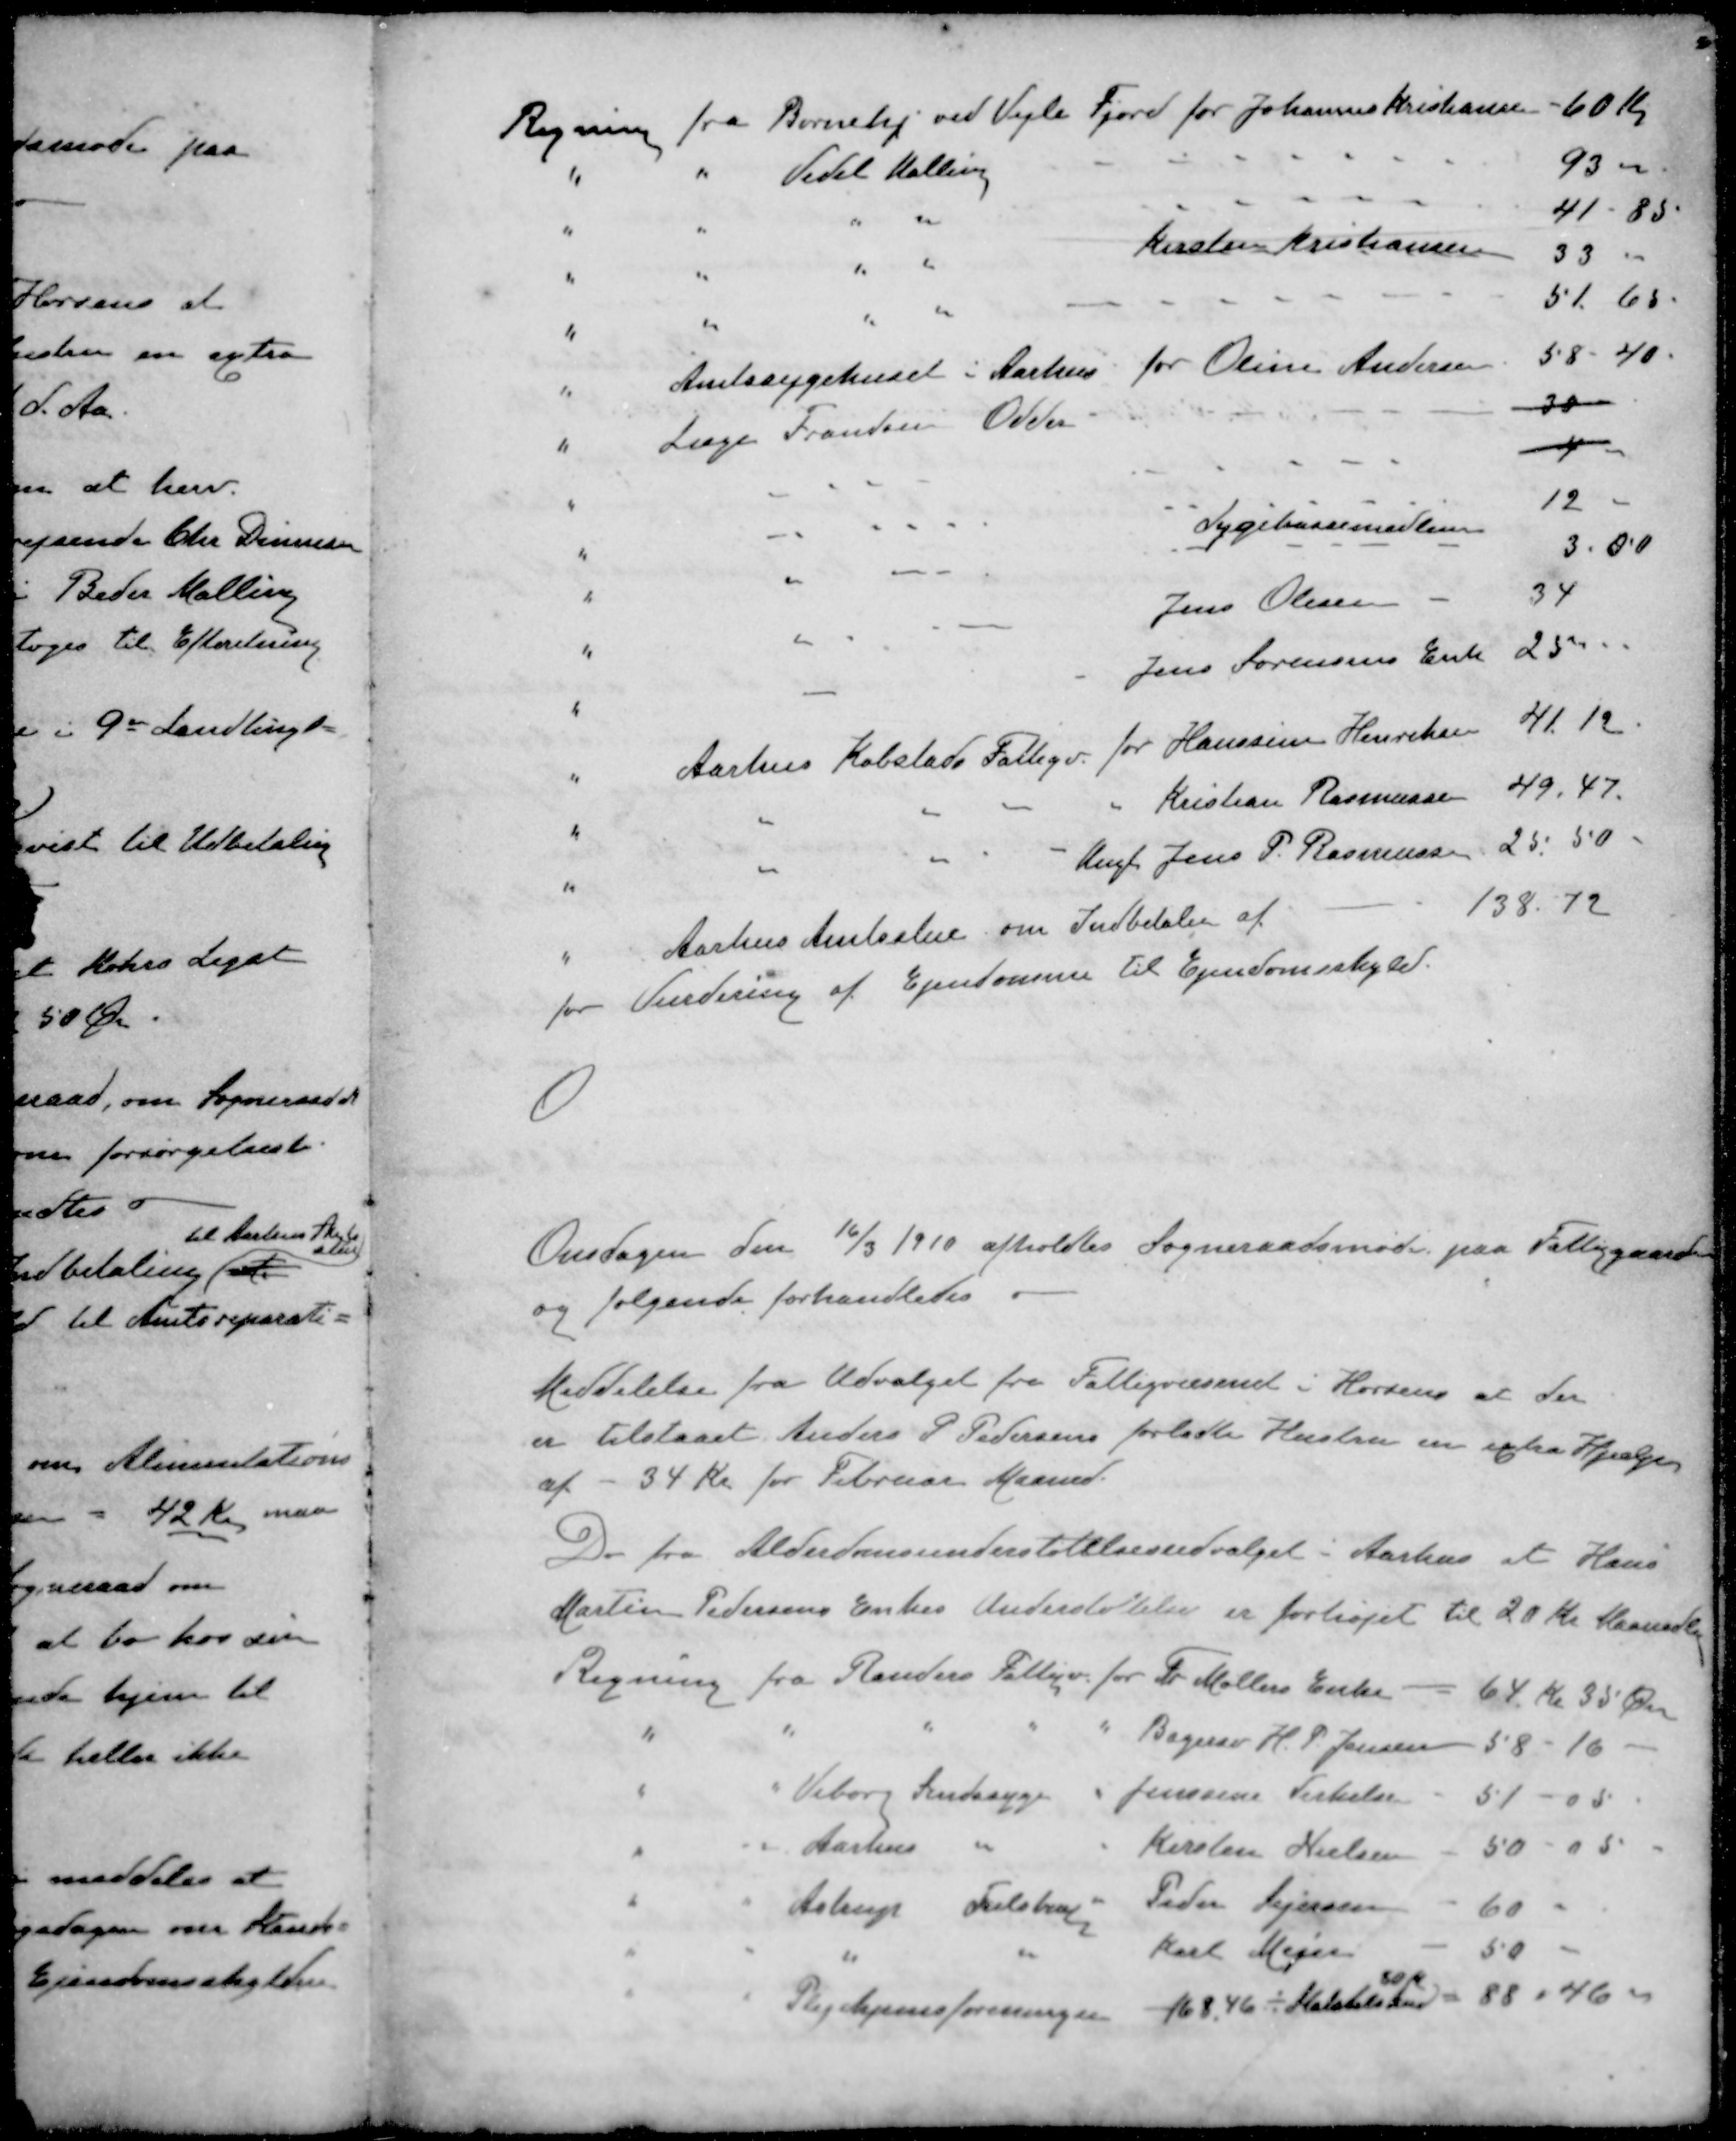
Transskription:
Regning fra Børnehj ved Vejle Fjord for Johannes Kristiansen
60 Kr.
" " Vedel Malling
93
" " " "
41-85
" " " " Kirsten Kristiansen
33
" " " "
51.65
" Amtssygehuset i Aarhus for Oline Andersen
58 - 40
" Læge Frandsen Odder
30
4
" " " " Sygekassemedlem
12
" " " " 
3.00
" " - - Jens Olesen
34
" " " Jens Sørensens Enk
25
" Aarhus Købstads Fattigv for Hanssine Henriksen
41 12
" " " " " Kristian Rasmussen
49,47.
" " " - Ungk Jens P. Rasmussen
25.50
" Aarhus Amtsalene om Indbetalin af
138.72
for Vurdering af Ejendomme til Ejendomsskyld.
Onsdagen den 16/3 1910 afholdtes Sogneraadsmøde paa Fattiggaarden
og følgende forhandledes.
Meddelelse fra Udvalget fra Fattigvæsenet i Horsens at der
er tilstaaet Anders P Pedersens forladte Hustru en extra Hjælpen
af - 34 Kr for Februar Maaned.
Do fra Alderdomsunderstøttelsesudvalget i Aarhus at Hans
Martin Pedersens Enkes Understøttelse er forhøjet til 20 Kr Maanedl
Regning fra Randers Fattigv. for Fr Møllers Enke - 64 kr 35 Øre
" " " " " Bagersv H. P. Jensen 58 - 10
" " Viborg Sindssyge " Jenssine Terkelse - 57 - 05
" " Aarhus " " Kirsten Nielsen - 50 - 05
" " Astrup Tulstrup " Peder Sejersen - 60 "
" " " " Karl Mejer - 50
80 Kr
" " Plejehjemsforeningen 168, 46 - Statstilskud = 88 - 46